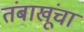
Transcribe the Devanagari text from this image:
तंबाखूंचा